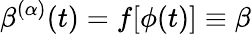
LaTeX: \beta^{(\alpha)}(t)=f[\phi(t)]\equiv\beta